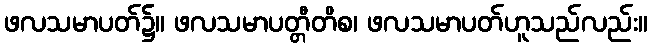
ဖလသမာပတ်၌။ ဖလသမာပတ္တီတိစ၊ ဖလသမာပတ်ဟူသည်လည်း။